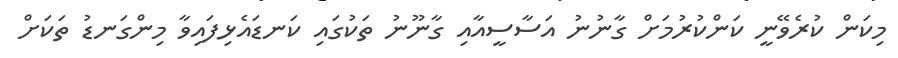
މިކަން ކުރެވޭނީ ކަންކުރުމަށް ގާނުނު އަސާސީއާއި ގާނޫނު ތަކުގައި ކަނޑައެޅިފައިވާ މިންގަނޑު ތަކަށް